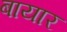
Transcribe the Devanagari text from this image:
बायार